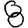
Digit: 8